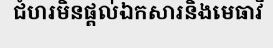
ជំហរមិនផ្តល់ឯកសារនិងមេធាវី